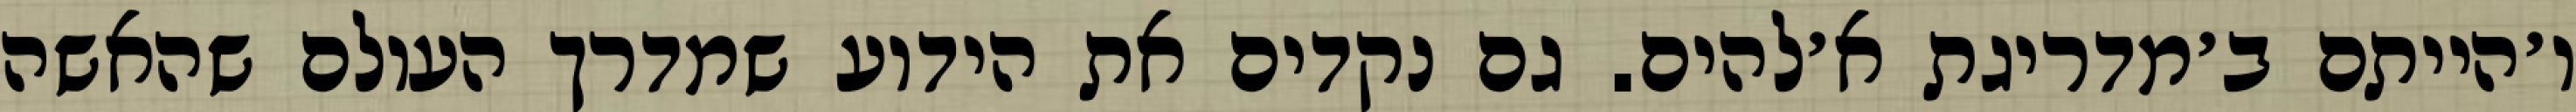
ו׳הייתם ב׳מדריגת א׳להים. גם נקדים את הידוע שמדרך העולם שהאשה